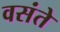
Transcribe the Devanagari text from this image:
वसंते